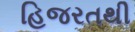
હિજરતથી